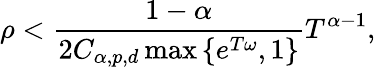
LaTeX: \rho<\frac{1-\alpha}{2C_{\alpha,p,d}\operatorname*{max}\left\{ e^{T\omega},1\right\} }T^{\alpha-1},